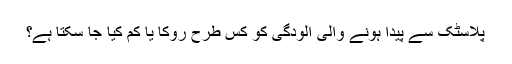
پلاسٹک سے پیدا ہونے والی آلودگی کو کس طرح روکا یا کم کیا جا سکتا ہے؟